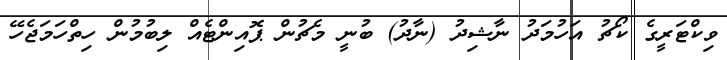
ވިކްޓަރީގެ ކޯޗު އަހުމަދު ނާޝިދު (ނާދު) ބުނީ މެޗުން ޕޮއިންޓެއް ލިބުމުން ހިތްހަމަޖެހޭ